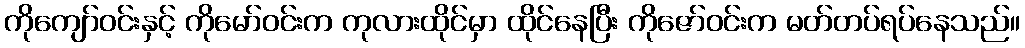
ကိုကျော်ဝင်းနှင့် ကိုမော်ဝင်းက ကုလားထိုင်မှာ ထိုင်နေပြီး ကိုဇော်ဝင်းက မတ်တပ်ရပ်နေသည်။